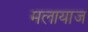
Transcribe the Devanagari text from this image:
मलायाज